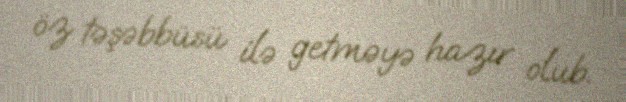
öz təşəbbüsü ilə getməyə hazır olub.